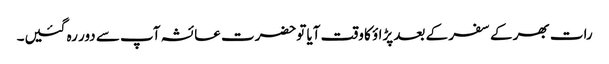
رات بھر کے سفر کے بعد پڑاؤ کا وقت آیا توحضرت عائشہ آپ سے دور رہ گئیں۔